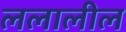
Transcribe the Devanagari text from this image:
ललालील